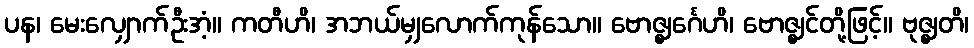
ပန၊ မေးလျှောက်ဦးအံ့။ ကတီဟိ၊ အဘယ်မျှလောက်ကုန်သော။ ဗောဇ္ဈင်္ဂေဟိ၊ ဗောဇ္ဈင်တို့ဖြင့်။ ဗုဇ္ဈတိ၊